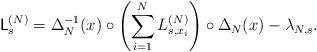
LaTeX: \begin{align*}\mathsf{L}_s^{(N)}=\Delta^{-1}_N(x)\circ \left(\sum_{i=1}^{N}L^{(N)}_{s,x_i}\right)\circ\Delta_N(x)-\lambda_{N,s}.\end{align*}